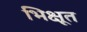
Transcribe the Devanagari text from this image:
भिक्षूत